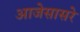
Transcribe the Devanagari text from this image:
आजेसासरे